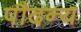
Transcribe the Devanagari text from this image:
पौदन्य